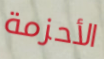
الأحزمة